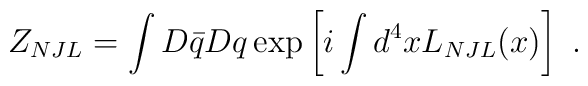
Z_{NJL} = \int D\bar{q} Dq \exp\left[i\int d^4x L_{NJL}(x)\right]\,\,.